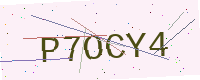
Text: P7OCY4